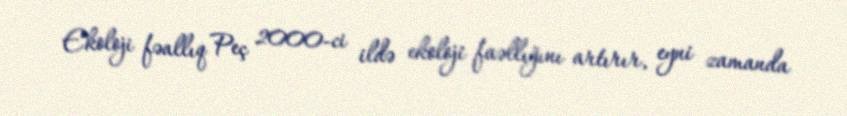
Ekoloji fəallıq Peç 2000-ci ildə ekoloji faəllığını artırır, eyni zamanda